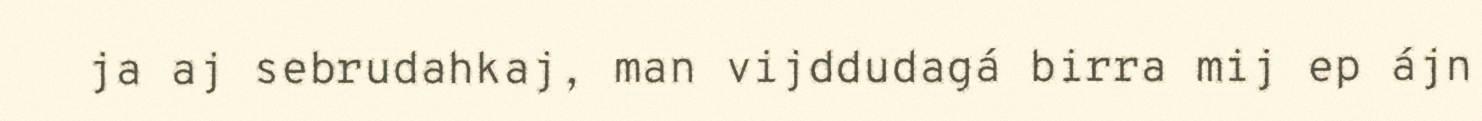
ja aj sebrudahkaj, man vijddudagá birra mij ep ájn